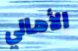
الأهالي